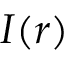
I ( r )